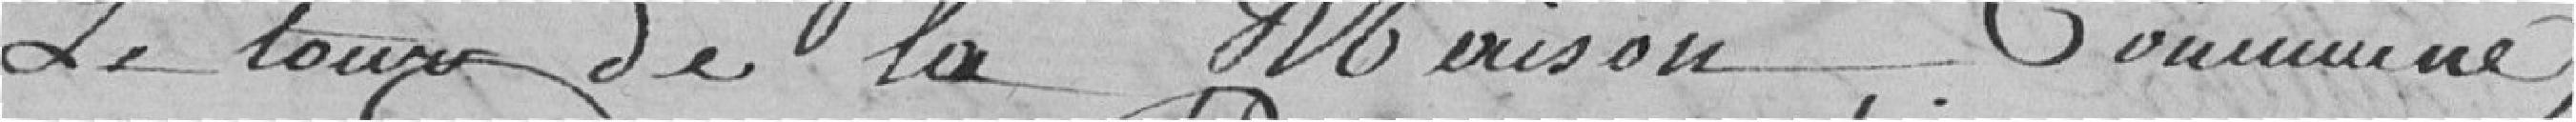
le tour de la maison commune,